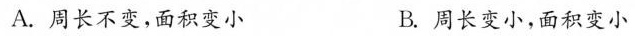
A. 周长不变，面积变小 B. 周长变小，面积变小